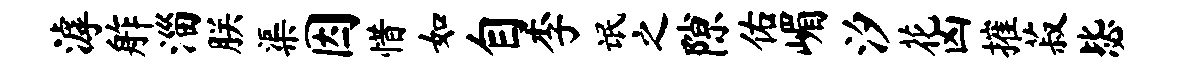
滹舴淄朕渠因惜如自李氓之隙佑嵋汐花凶摧菽毖